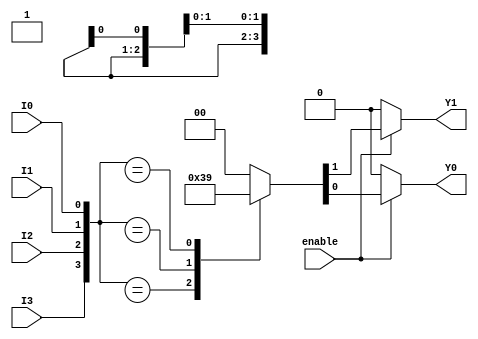
module encoder_4to2 (
    input wire I0,    // Input 0
    input wire I1,    // Input 1
    input wire I2,    // Input 2
    input wire I3,    // Input 3
    input wire enable, // Enable signal
    output reg Y0,    // Output 0
    output reg Y1     // Output 1
);

always @(*) begin
    // Default output values when enable is low
    if (~enable) begin
        Y0 = 1'b0;
        Y1 = 1'b0;
    end else begin
        // Priority Encoding
        case ({I3, I2, I1, I0}) // Concatenate inputs for priority
            4'b1xxx: {Y1, Y0} = 2'b11; // I3 is active
            4'b01xx: {Y1, Y0} = 2'b10; // I2 is active
            4'b001x: {Y1, Y0} = 2'b01; // I1 is active
            4'b0001: {Y1, Y0} = 2'b00; // I0 is active
            default: {Y1, Y0} = 2'b00;  // No valid input, default to 00
        endcase
    end
end

endmodule